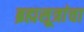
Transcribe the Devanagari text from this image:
ब्रह्मसूत्रांचा